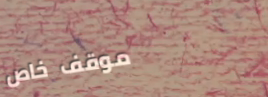
موقف خاص